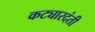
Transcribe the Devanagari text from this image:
कट्यारदंती